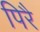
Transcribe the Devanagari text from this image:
पिरै